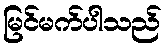
မြင်မက်ပါသည်